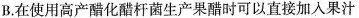
B.在使用高产醋化醋杆菌生产果醋时可以直接加入果汁